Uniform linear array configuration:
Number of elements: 24
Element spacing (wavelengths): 0.75
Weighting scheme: binomial
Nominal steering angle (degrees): -60
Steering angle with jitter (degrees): -59.341
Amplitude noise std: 0.05
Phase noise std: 0.05

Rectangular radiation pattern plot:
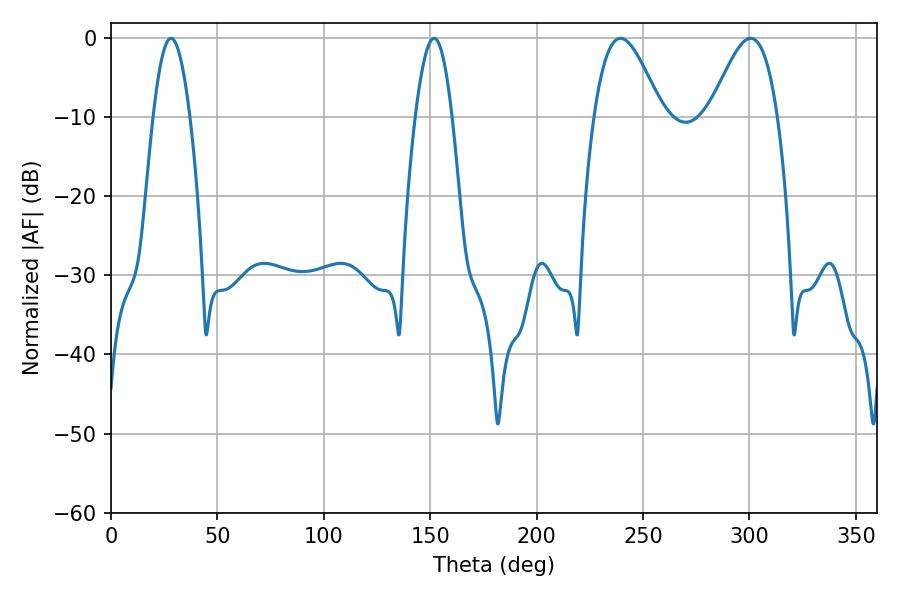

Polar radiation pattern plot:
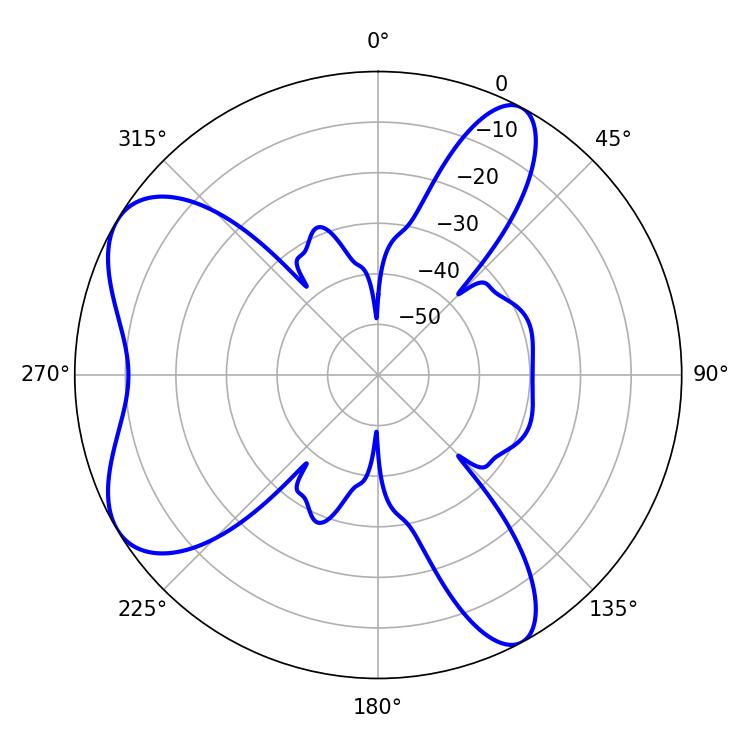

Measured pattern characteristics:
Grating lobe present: TRUE
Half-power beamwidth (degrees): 17.1
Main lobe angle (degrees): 239.4